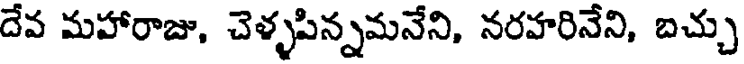
దేవ మహారాజు, చెళ్ళపిన్నమనేని, నరహరినేని, బచ్చు